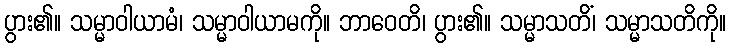
ပွား၏။ သမ္မာဝါယာမံ၊ သမ္မာဝါယာမကို။ ဘာဝေတိ၊ ပွား၏။ သမ္မာသတိံ၊ သမ္မာသတိကို။